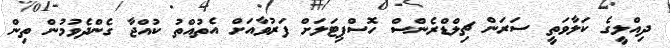
ދިއްލީގެ ކަލާވަތީ ސަރަން ޗިލްޑްރެންސް ހޮސްޕިޓަލަށް ފަރުވާއަށް އެތުއްތު ކުއްޖާ ގެންދެވުމުން ތިން